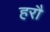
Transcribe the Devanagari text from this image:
हरौ